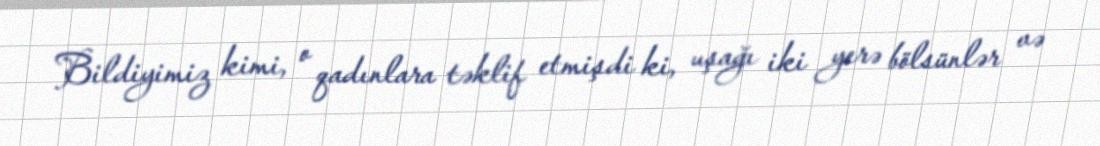
Bildiyimiz kimi, o qadınlara təklif etmişdi ki, uşağı iki yerə bölsünlər və